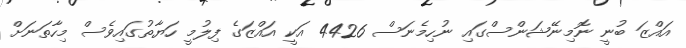
އައްޒަ ބުނީ ނޮމިނޭޝަންސްގައި ނުހިމެނަސް 4426 އަކީ އައްޒަގެ ފިލުމީ ހަޔާތުގައިވެސް މިހާތަނަށް